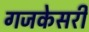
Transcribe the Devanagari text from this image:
गजकेसरी